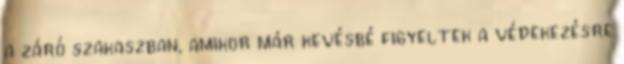
a záró szakaszban, amikor már kevésbé figyeltek a védekezésre